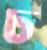
চ